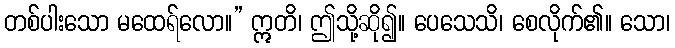
တစ်ပါးသော မထေရ်လော။” ဣတိ၊ ဤသို့ဆို၍။ ပေသေသိ၊ စေလိုက်၏။ သော၊